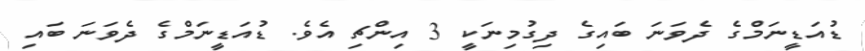
ޑުއަޑީނަމްގެ ދެވަނަ ބައިގެ ދިގުމިނަކީ 3 އިންޗި އެވެ. ޑުއަޑީނަމްގެ ދެވަނަ ބައި